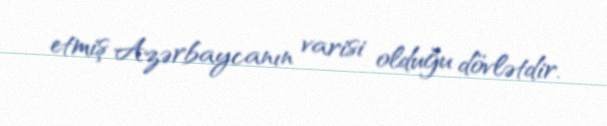
etmiş Azərbaycanın varisi olduğu dövlətdir.